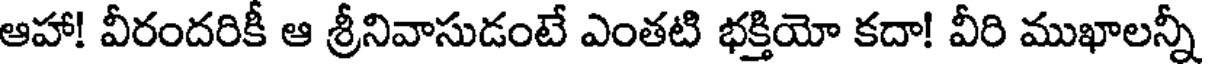
ఆహా! వీరందరికీ ఆ శ్రీనివాసుడంటే ఎంతటి భక్తియో కదా! వీరి ముఖాలన్నీ